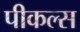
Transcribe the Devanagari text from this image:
पीकल्स